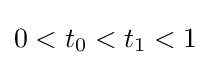
0<t_{0}<t_{1}<1